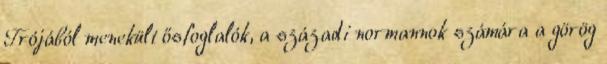
Trójából menekült ősfoglalók, a századi normannok számára a görög